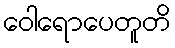
ဝေါရောပေတူတိ